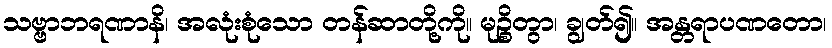
သဗ္ဗာဘရဏာနိ၊ အလုံးစုံသော တန်ဆာတို့ကို။ မုဉ္စိတွာ၊ ချွတ်၍။ အန္တရာပဏတော၊